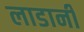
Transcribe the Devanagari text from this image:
लाडानी